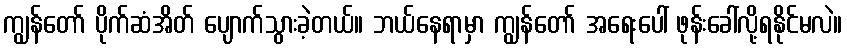
ကျွန်တော် ပိုက်ဆံအိတ် ပျောက်သွားခဲ့တယ်။ ဘယ်နေရာမှာ ကျွန်တော် အရေးပေါ် ဖုန်းခေါ်လို့ရနိုင်မလဲ။